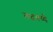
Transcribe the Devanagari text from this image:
लढवय्यै